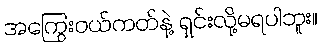
အကြွေးဝယ်ကတ်နဲ့ ရှင်းလို့မရပါဘူး။